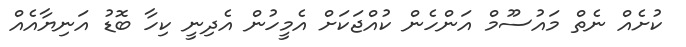
ކުށެއް ނެތް މައުސޫމް އަންހެން ކުއްޖަކަށް އެމީހުން އެދިނީ ކިހާ ބޮޑު އަނިޔާއެއް